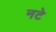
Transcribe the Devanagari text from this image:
नटे